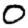
Digit: 0